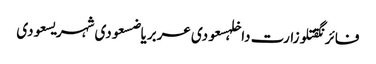
فائرنگقتلوزارت داخلہسعودی عربریاضسعودی شہریسعودی